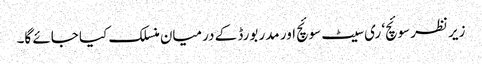
زیر نظر سوئچ‘ ری سیٹ سوئچ اور مدر بورڈ کے درمیان منسلک کیا جائے گا۔